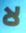
لا